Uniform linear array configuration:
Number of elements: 48
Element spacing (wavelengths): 1
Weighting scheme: cosine
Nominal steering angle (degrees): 60
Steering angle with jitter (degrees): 59.155
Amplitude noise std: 0.05
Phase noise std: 0.05

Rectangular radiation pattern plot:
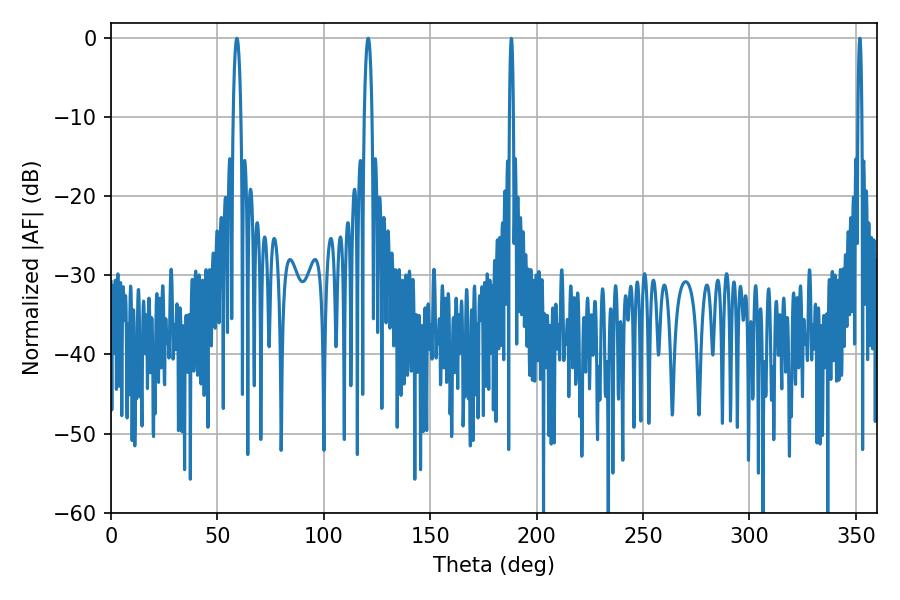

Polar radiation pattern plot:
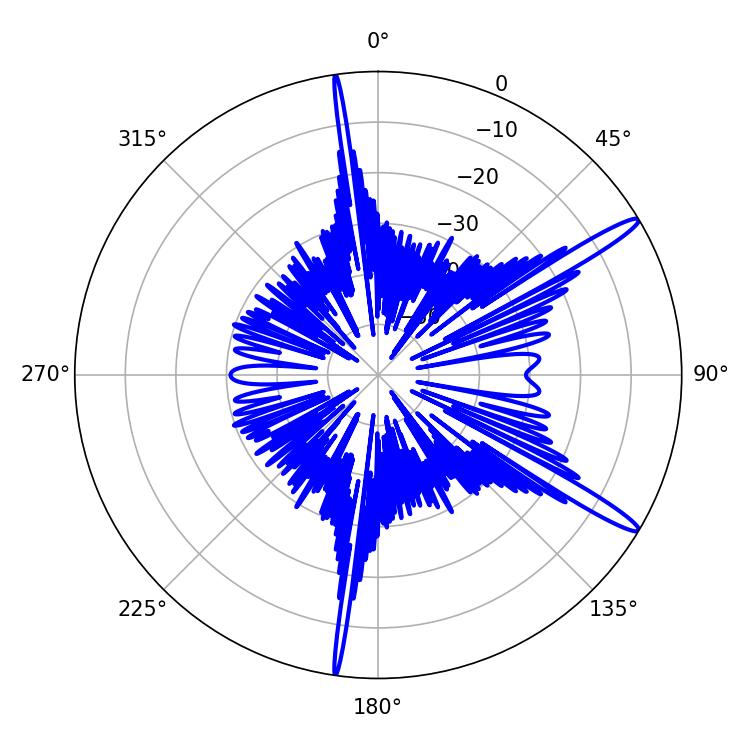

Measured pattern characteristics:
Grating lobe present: TRUE
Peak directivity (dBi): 14.924
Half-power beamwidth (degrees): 0.9
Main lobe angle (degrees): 188.1